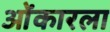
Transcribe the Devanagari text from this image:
ओंकारला